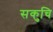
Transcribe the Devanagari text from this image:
सकुचि